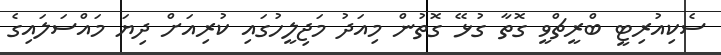
ސެކިއުރިޓީ ބްރީޗްވީ ގޮތާ ގުޅޭ ގޮތުން މިއަދު މަޖިލީހުގައި ކުރިއަށް ދިޔަ މައްސަލައިގެ